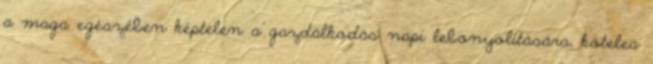
a maga egészében képtelen a gazdálkodás napi lebonyolítására, köteles